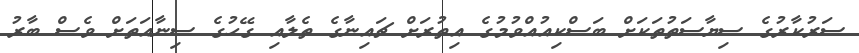
ސަރުކާރުގެ ސިޔާސަތުތަކަށް ބަސްކިއުއްވުމުގެ އިތުރަށް ޗައިނާގެ ތެލާއި ގޭހުގެ ސިނާއަތަށް ވެސް ބާރު